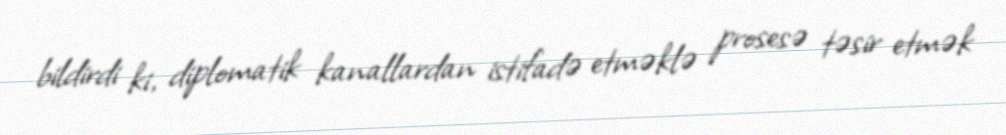
bildirdi ki, diplomatik kanallardan istifadə etməklə prosesə təsir etmək